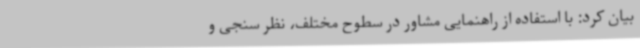
بیان کرد: با استفاده از راهنمایی مشاور در سطوح مختلف، نظر سنجی و